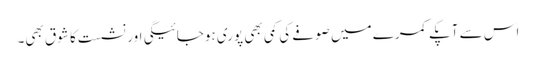
اس سے آپکے کمرے میں صوفے کی کمی بھی پوری ہوجائیگی اور نشست کا شوق بھی۔